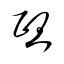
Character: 熈